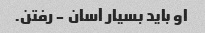
او باید بسیار آسان - رفتن.